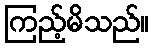
ကြည့်မိသည်။